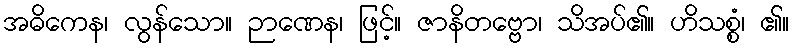
အဓိကေန၊ လွန်သော။ ဉာဏေန၊ ဖြင့်။ ဇာနိတဗ္ဗော၊ သိအပ်၏။ ဟိသစ္စံ၊ ၏။